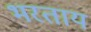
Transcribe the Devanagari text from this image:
भरताय